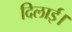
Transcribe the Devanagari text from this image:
दिलार्इ।